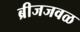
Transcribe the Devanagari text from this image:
ब्रीजजवळ